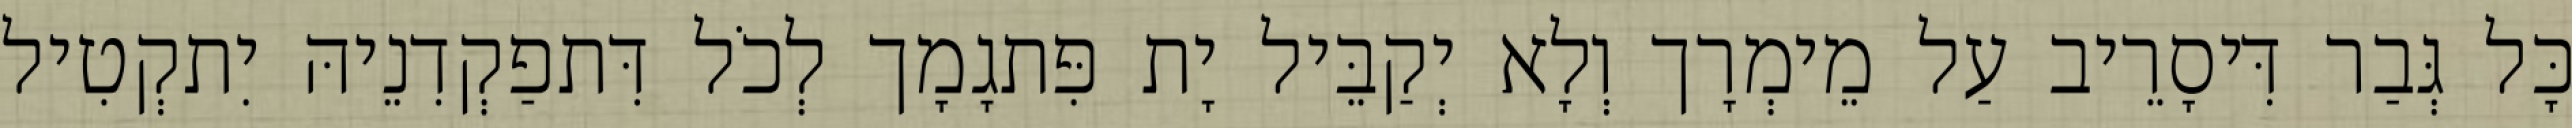
כָּל גְּבַר דִּיסָרֵיב עַל מֵימְרָך וְלָא יְקַבֵּיל יָת פִּתגָמָך לְכֹל דִּתפַקְדִנֵיהּ יִתקְטִיל